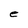
Character: e